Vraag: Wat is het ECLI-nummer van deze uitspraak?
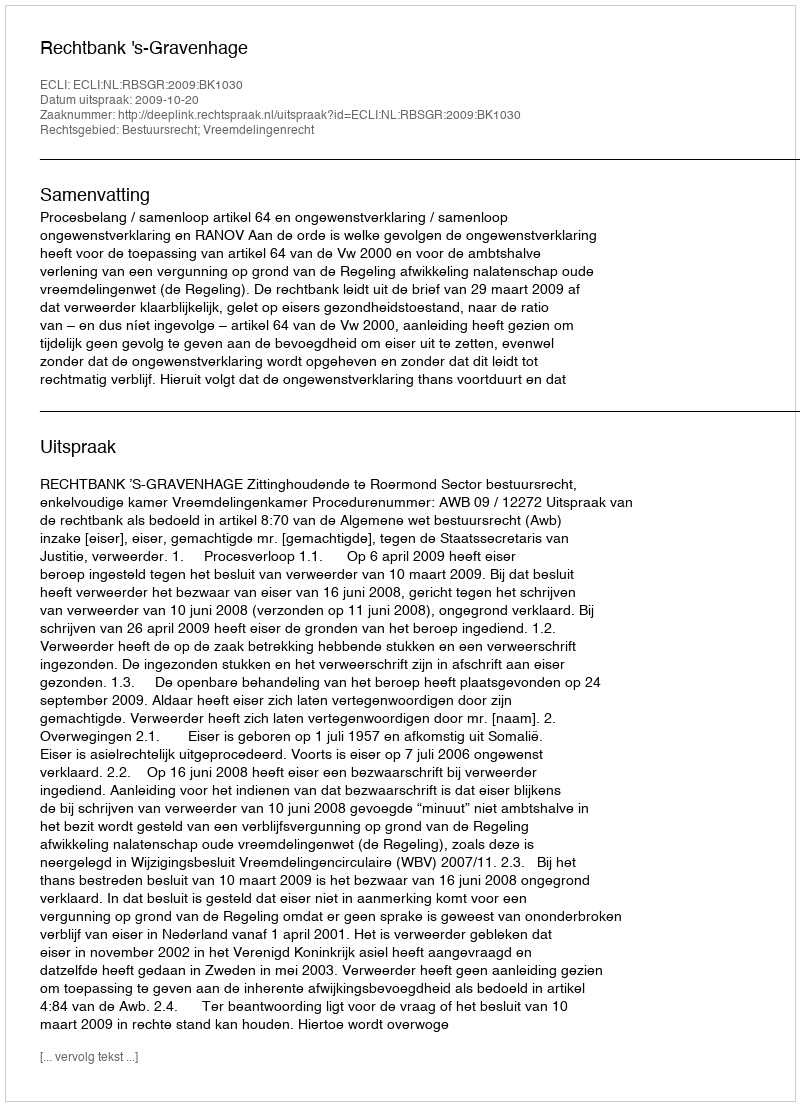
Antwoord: ECLI:NL:RBSGR:2009:BK1030